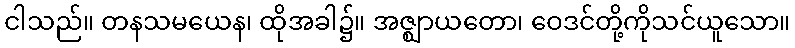
ငါသည်။ တနသမယေန၊ ထိုအခါ၌။ အဇ္ဈာယတော၊ ဝေဒင်တို့ကိုသင်ယူသော။